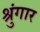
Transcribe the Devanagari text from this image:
श्रुंगार